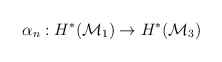
\begin{align*}\alpha_n : H^*({\cal M}_{1}) \to H^*({\cal M}_{3})\end{align*}